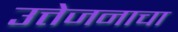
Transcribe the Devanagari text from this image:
उत्तेजनाचा